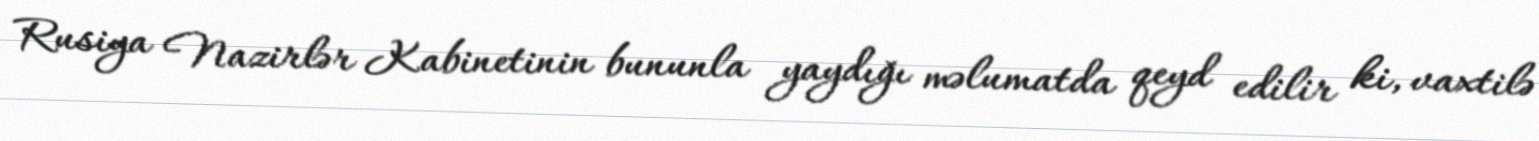
Rusiya Nazirlər Kabinetinin bununla yaydığı məlumatda qeyd edilir ki, vaxtilə